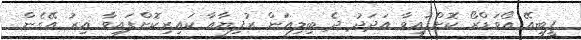
ޕީބީއޭ އޯވަޑްރޯ ކޮށްފައިވާ އަދަދު ދެ ބިލިއަން ރުފިޔާއާ ކައިރިކޮށްފައިވާ އިރު އޭގެން